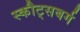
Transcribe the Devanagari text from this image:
स्कौट्सबर्ग